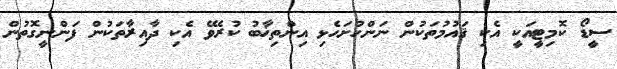
ސީޑޯ ކޮމިޓީއަކީ އެކި ޤައުމުތަކުން ނަންހުށަހެޅި އިންތިޚާބު ކުރެވޭ އެކި ދާއިރާތަކުން ފަންނީގޮތުން